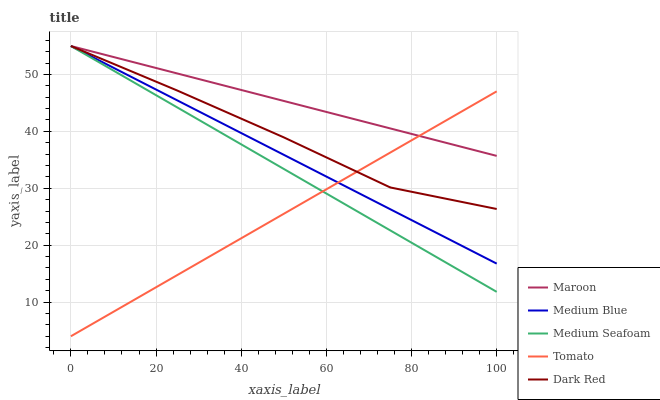
| xaxis_label | Maroon | Medium Blue | Medium Seafoam | Tomato | Dark Red |
 | --- | --- | --- | --- | --- | --- |
 | 0 | 55 | 55 | 55 | 4 | 55 |
 | 25 | 50.2 | 45.4 | 44.2 | 14.8 | 47.2 |
 | 50 | 45.3 | 35.9 | 33.4 | 25.5 | 38.9 |
 | 75 | 40.5 | 26.3 | 22.6 | 36.3 | 30.1 |
 | 100 | 35.7 | 16.8 | 11.8 | 47 | 26.4 |